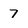
Character: 7